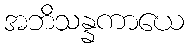
အဘိသန္နကာယေ